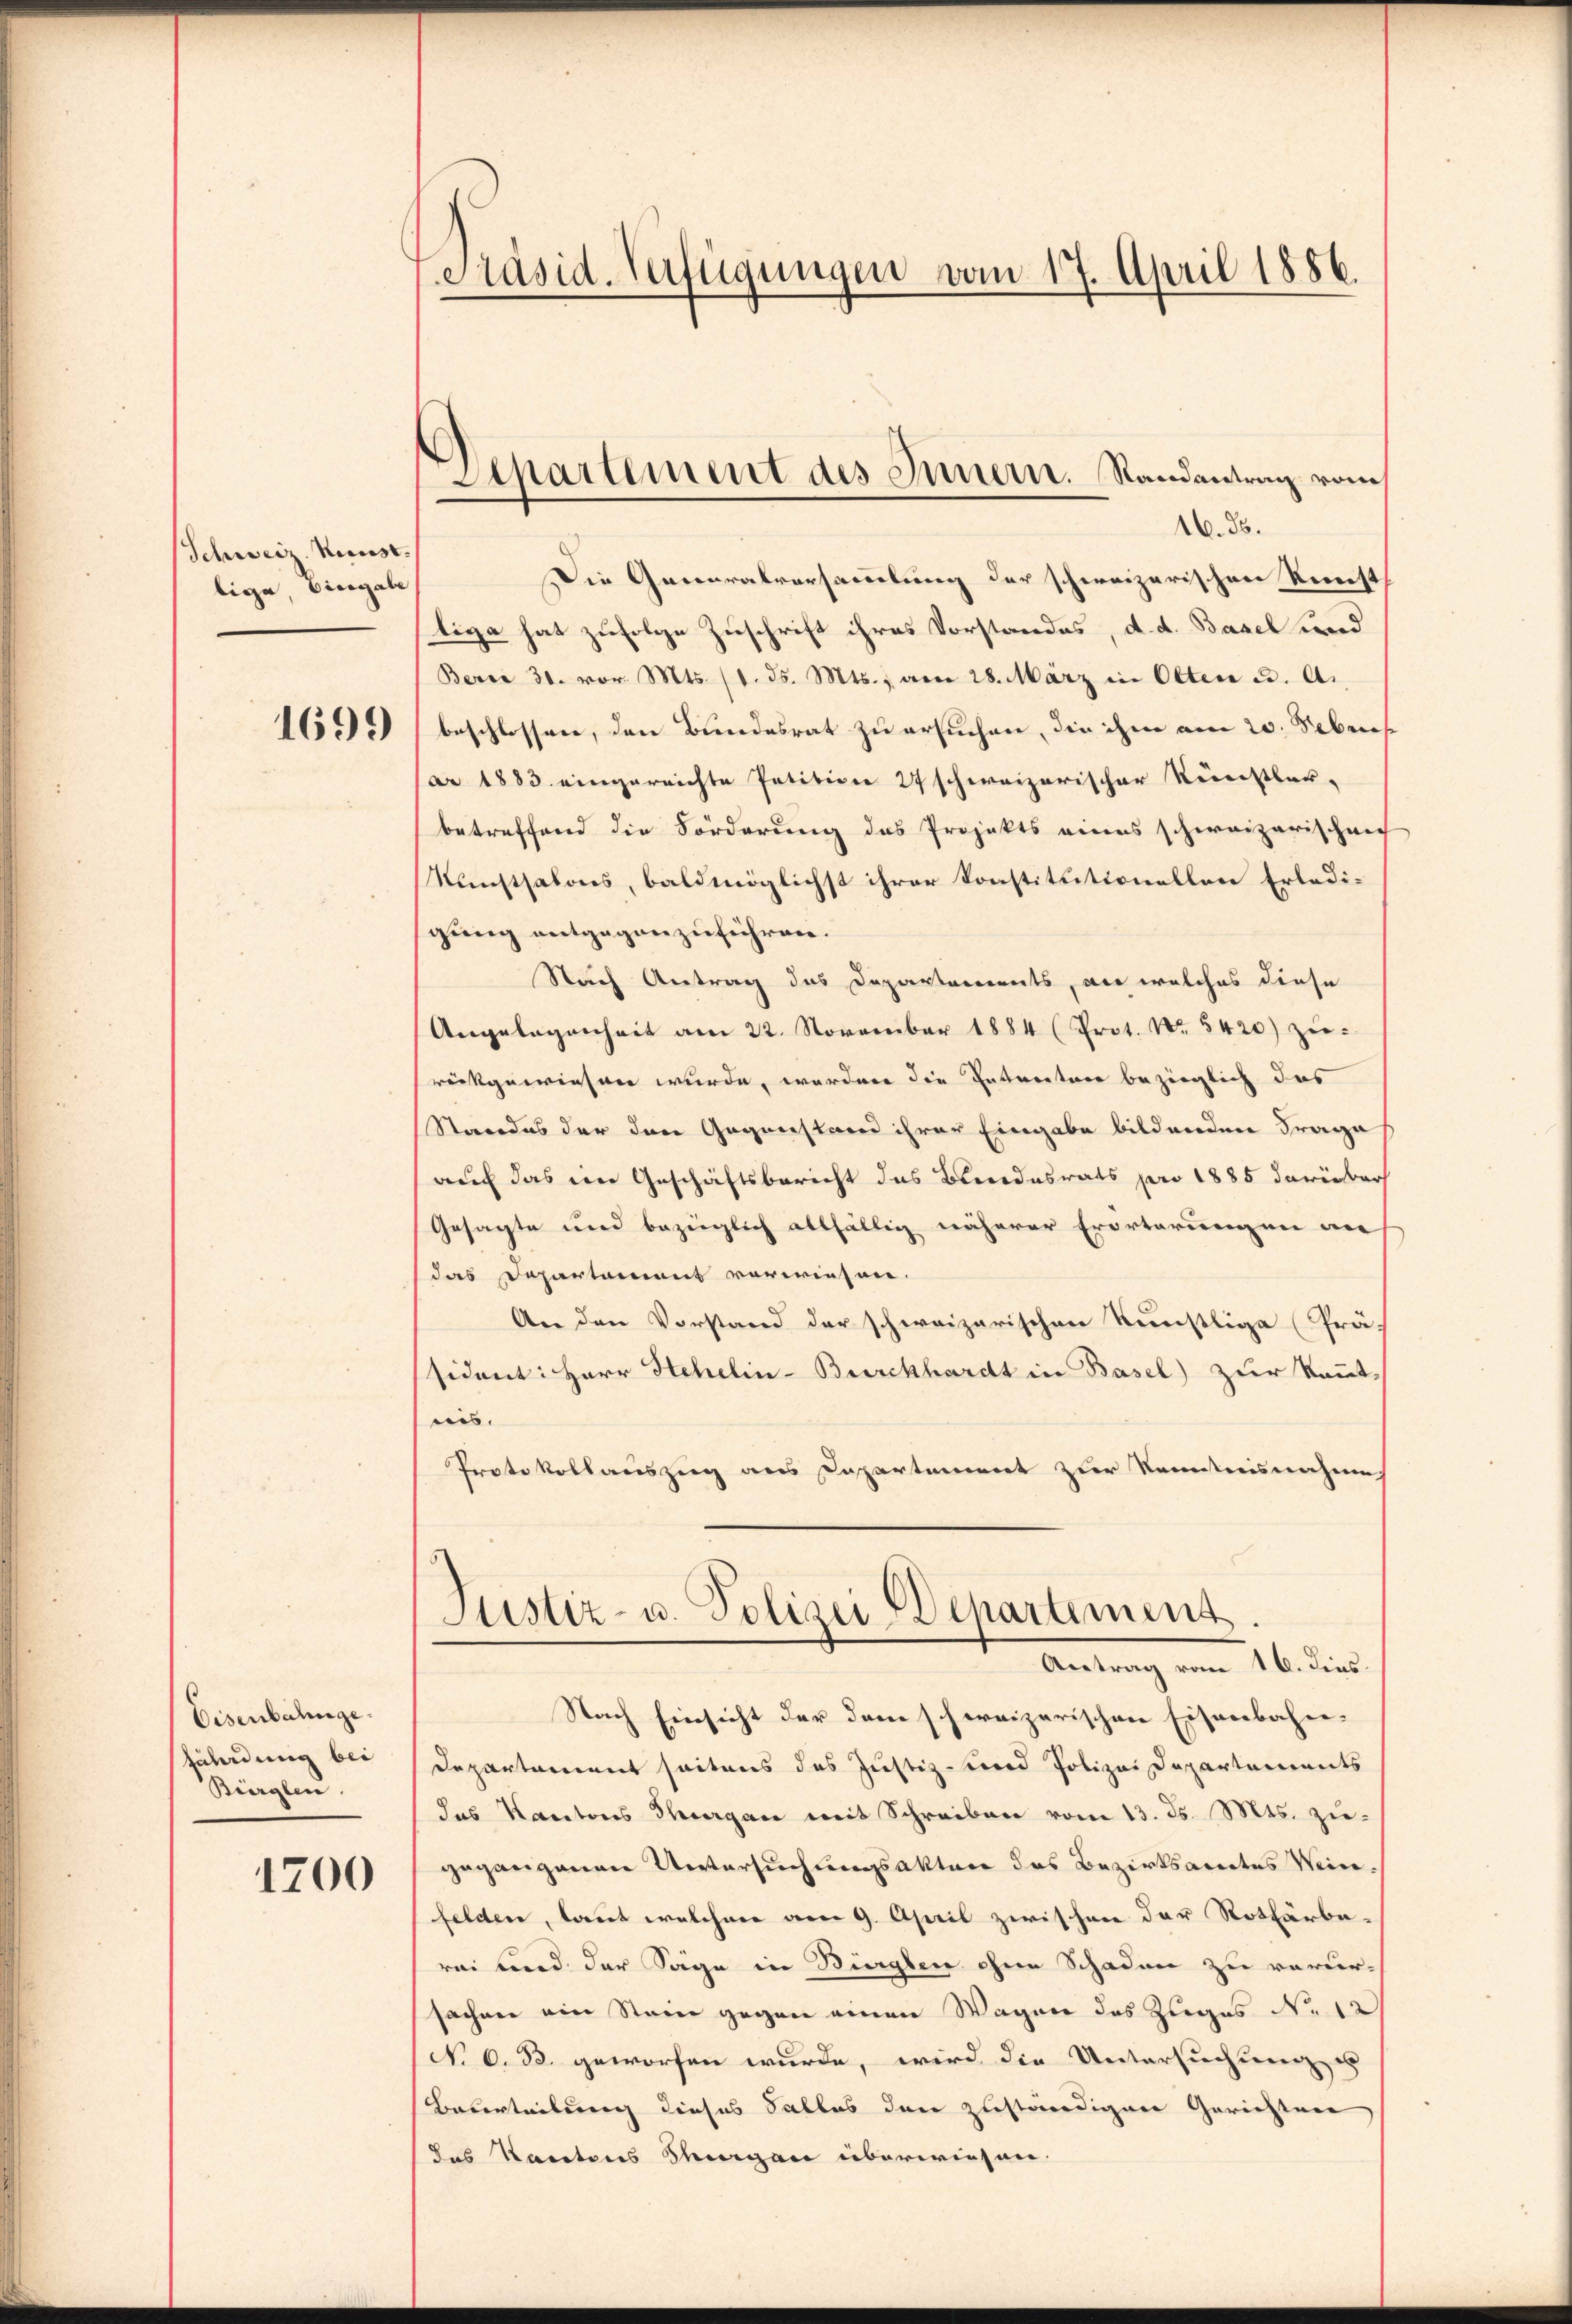
Schweiz. Kunst.
bige, Biergabe

1699

Eisenbahnge
fährdung bei
Bürglen.

1700

Präsid. Verfügungen vom 17. April 1886.

Sipartement des Innern. Randantrag vom

16. ds.
Die Generalversammlung der schweizerischen Kunst
tige hat zufolge Zuschrift ihres Vorstandes, d. d. Basel und
Berne 30. vor. Mts. (1. ds. Mts., am 28. März in Olten u. A.
beschlossen, den Bundesrat zu ersuchen, die ihm am 20. Sebres
ar 1883 eingereichte Petition 27 schweizerischer Recenstbar-
betreffend die Forderung das Projekts eines schweizerischen
Kunstsalons, baldmöglichst ihrer Konstitutionellen Erledigung entgegenzuführen.
Nach Antrag das Departements, an welches diese
Angelegenheit am 22. November 1884 (Prot. Nr. 5420) zŭ-
rückgewiesen wurde, worden die Entwertere bezieglich das
Standes der den Gegenstand ihrer Eingabe bildenden Frage
auf das im Geschäftsbericht das Beendesrats pro 1885 darinbar
Gesagte und bezüglich allfällig näherer Erörterungen an
das Departamens vorwiesen.
An den Vorstand der schweizerischen Kunstlige Präs
sident: Herr Stehelin-Burckhardt in Basel) zur kannt-
ris.
Protokollauszug aus Caspartement zur Kenntnisnahmen
Justiz- u. Polizei Departement.
Antrag vom 16. dies
Nach Einsicht der dem schweizerischen Eisenbahn¬
Departement seitens das Justiz- und Polizei Departements
das Kantons Thorgan mit Schreiben vom 13. ds. Mts. ziegegangenen Untersuchungsakter des Bezirksamtes Weinfelden, laut welcher am 9. April zwischen der Rothärbe-
rei und der Säge in Wiegen ohne Schaden zu verursachen ein Stein gegen einen Wagen des Zuges No 12
No 6. B. geworfen wurde, wird die Untersuchung u
Beverteilung dieses Salles den zuständigen Gerichten
das Kantons Stiergan überwiesen.